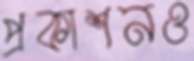
প্রকাশনও